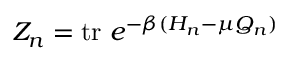
Z _ { n } = \mathrm { t r } \ e ^ { - \beta ( H _ { n } - \mu Q _ { n } ) }